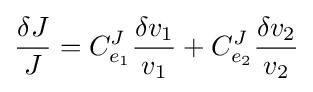
{\frac {\delta J}{J}}=C_{e_{1}}^{J}{\frac {\delta v_{1}}{v_{1}}}+C_{e_{2}}^{J}{\frac {\delta v_{2}}{v_{2}}}